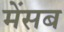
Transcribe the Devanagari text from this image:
मेंसब